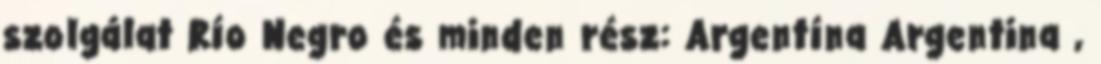
szolgálat Río Negro és minden rész: Argentína Argentina ,